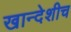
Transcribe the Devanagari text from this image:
खान्देशीच